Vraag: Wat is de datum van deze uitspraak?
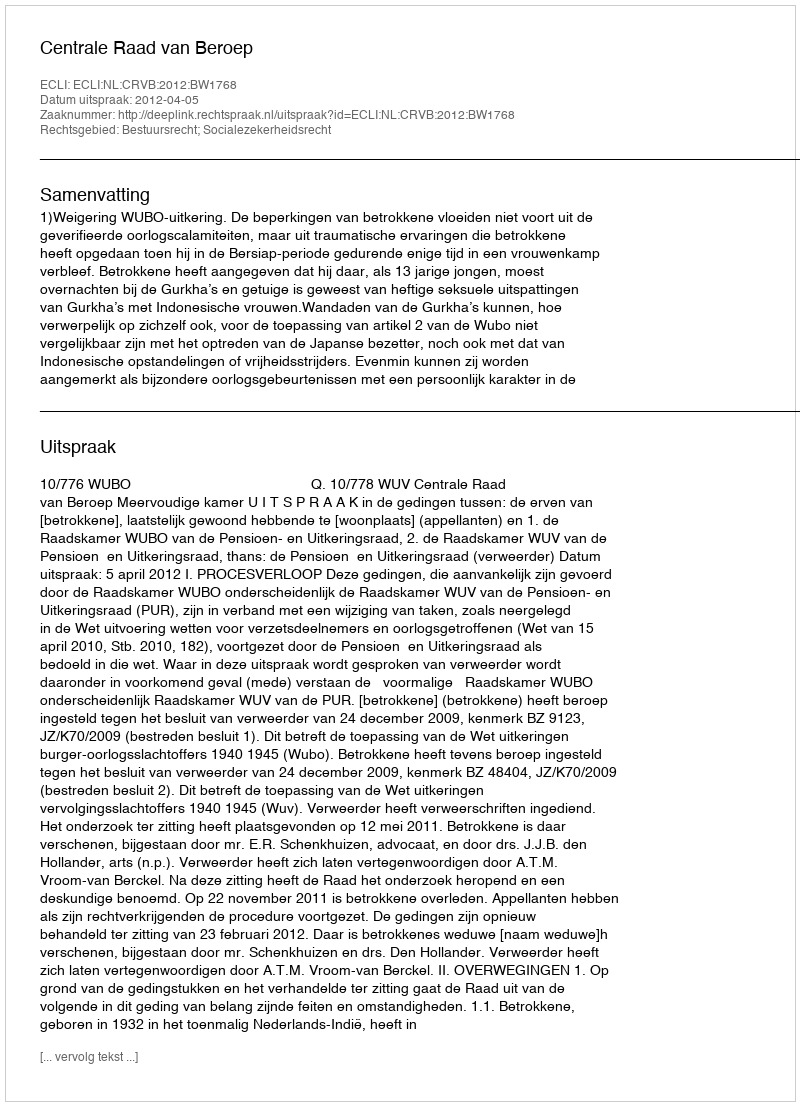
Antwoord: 2012-04-05